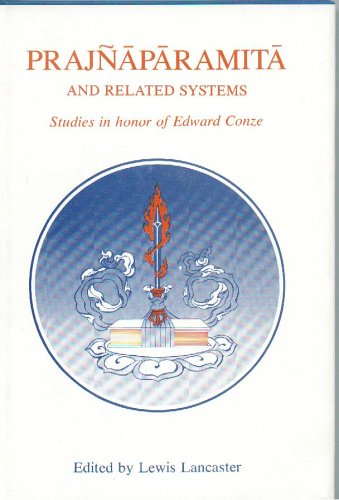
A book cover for Prajnaparamita and Related Systems: Studies in Honor of Edward Conze (Berkeley Buddhist Studies Series 1); Lewis Lancaster; Religion & Spirituality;